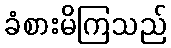
ခံစားမိကြသည်